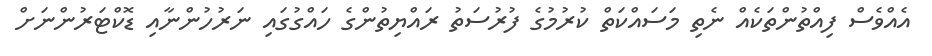
އެއްވެސް ފިއްތުންތަކެއް ނެތި މަސައްކަތް ކުރުމުގެ ފުރުސަތު ރައްޔިތުންގެ ހައްގުގައި ނަރުހުންނާއި ޑޮކްޓަރުންނަށް